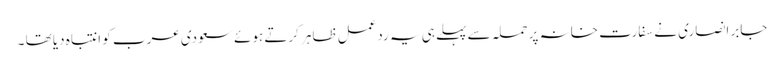
جابر انصاری نے سفارت خانہ پر حملہ سے پہلے ہی یہ ردعمل ظاہر کرتے ہوئے سعودی عرب کو انتباہ دیا تھا ۔